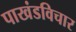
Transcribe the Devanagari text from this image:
पाखंडविचार